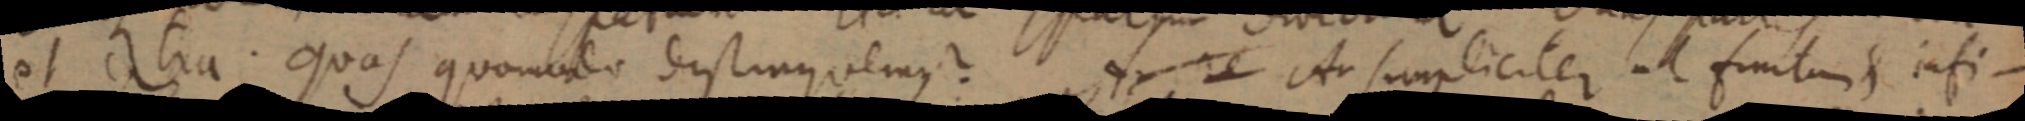
et extra. Quas quommodo distinus vemus re Ar simpliciter ut finitum infi